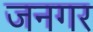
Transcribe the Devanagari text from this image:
जनगर